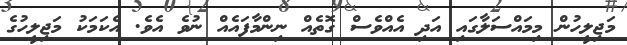
މަޖިލީހުން މިމައްސަލާގައި އަދި އެއްވެސް ގޮތެއް ނިންމާފައެއް ނުވެ އެވެ. އެކަމަކު މަޖިލީހުގެ